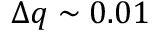
\Delta q \sim 0 . 0 1